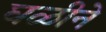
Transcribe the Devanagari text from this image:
घळीने